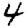
Digit: 4